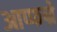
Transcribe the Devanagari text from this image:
आप्फन्रे